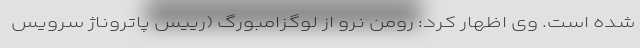
شده است. وی اظهار کرد: رومن نرو از لوگزامبورگ (رییس پاتروناژ سرویس